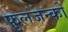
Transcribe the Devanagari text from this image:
फुलजेन्को